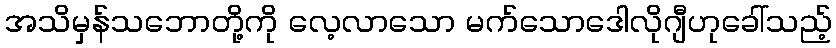
အသိမှန်သဘောတို့ကို လေ့လာသော မက်သောဒေါလိုဂျီဟုခေါ်သည့်